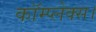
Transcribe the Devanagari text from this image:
कॉम्प्लेक्स।